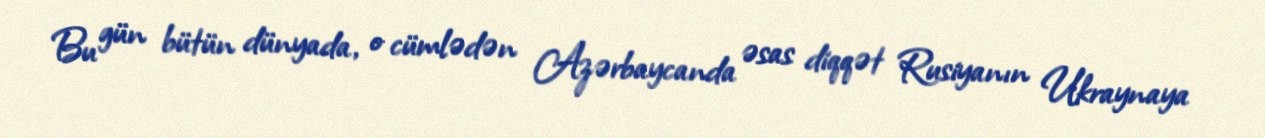
Bu gün bütün dünyada, o cümlədən Azərbaycanda əsas diqqət Rusiyanın Ukraynaya